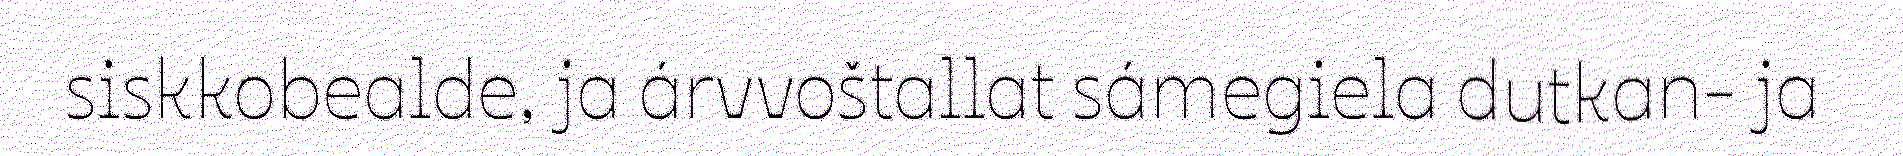
siskkobealde, ja árvvoštallat sámegiela dutkan- ja